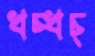
খচ্‌খচ্‌